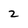
Character: 2